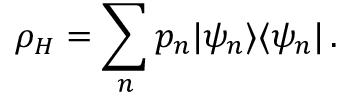
\rho _ { H } = \sum _ { n } p _ { n } | \psi _ { n } \rangle \langle \psi _ { n } | \, .